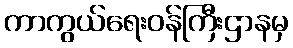
ကာကွယ်ရေးဝန်ကြီးဌာနမှ